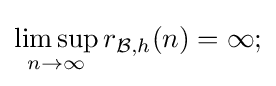
\limsup _{n\to \infty }r_{{\mathcal {B}},h}(n)=\infty ;